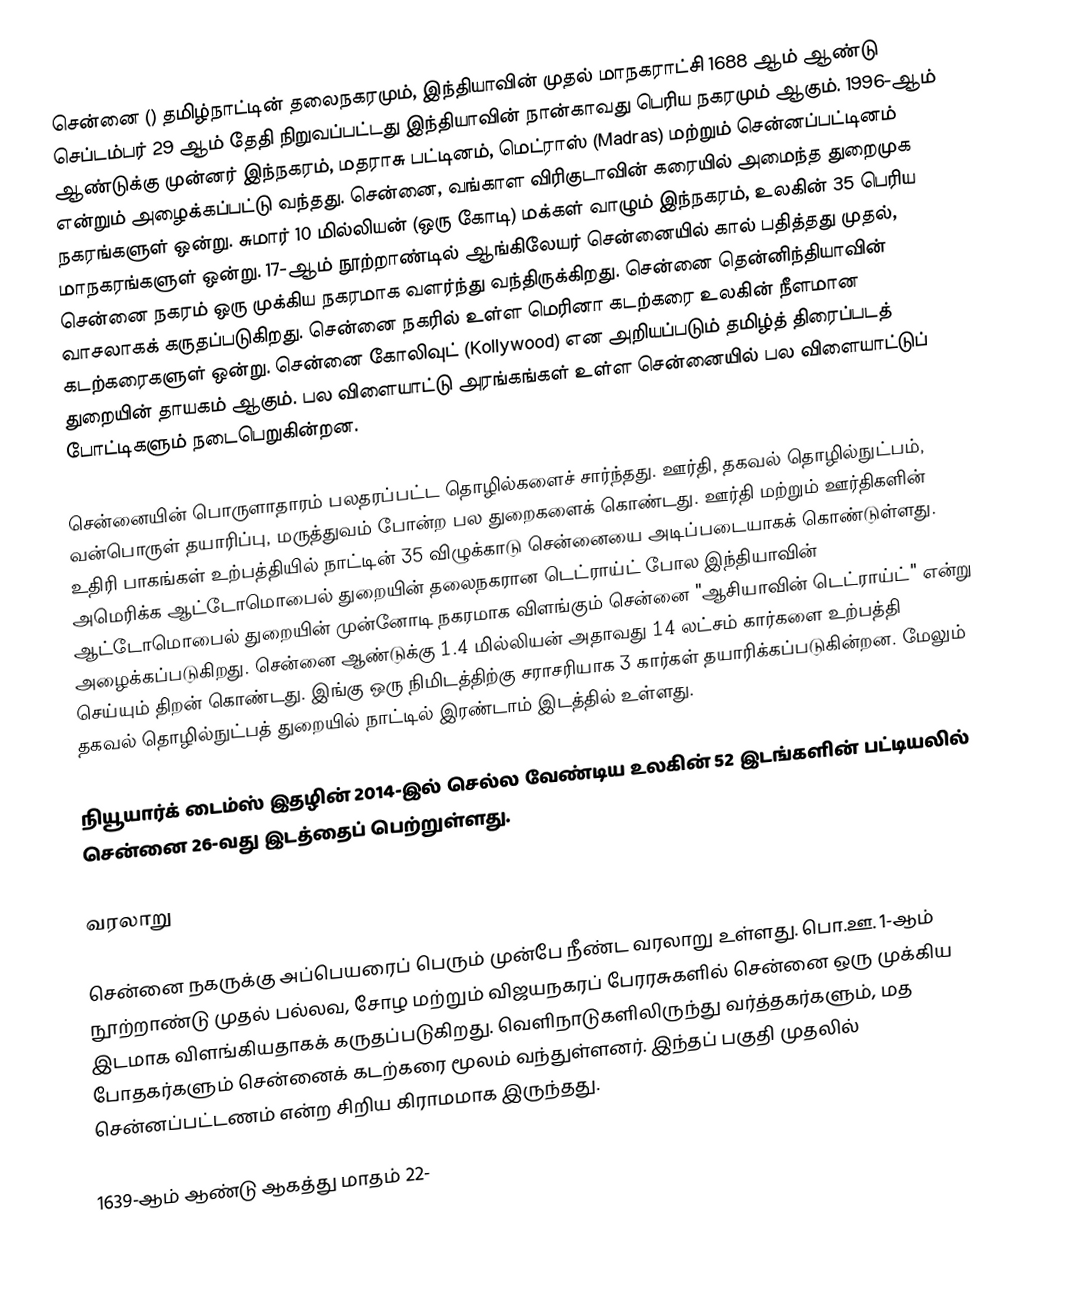
சென்னை () தமிழ்நாட்டின் தலைநகரமும், இந்தியாவின் முதல் மாநகராட்சி 1688 ஆம் ஆண்டு செப்டம்பர் 29 ஆம் தேதி நிறுவப்பட்டது இந்தியாவின் நான்காவது பெரிய நகரமும் ஆகும். 1996-ஆம் ஆண்டுக்கு முன்னர் இந்நகரம், மதராசு பட்டினம், மெட்ராஸ் (Madras) மற்றும் சென்னப்பட்டினம் என்றும் அழைக்கப்பட்டு வந்தது. சென்னை, வங்காள விரிகுடாவின் கரையில் அமைந்த துறைமுக நகரங்களுள் ஒன்று. சுமார் 10 மில்லியன் (ஒரு கோடி) மக்கள் வாழும் இந்நகரம், உலகின் 35 பெரிய மாநகரங்களுள் ஒன்று. 17-ஆம் நூற்றாண்டில் ஆங்கிலேயர் சென்னையில் கால் பதித்தது முதல், சென்னை நகரம் ஒரு முக்கிய நகரமாக வளர்ந்து வந்திருக்கிறது. சென்னை தென்னிந்தியாவின் வாசலாகக் கருதப்படுகிறது. சென்னை நகரில் உள்ள மெரினா கடற்கரை உலகின் நீளமான கடற்கரைகளுள் ஒன்று. சென்னை கோலிவுட் (Kollywood) என அறியப்படும் தமிழ்த் திரைப்படத் துறையின் தாயகம் ஆகும். பல விளையாட்டு அரங்கங்கள் உள்ள சென்னையில் பல விளையாட்டுப் போட்டிகளும் நடைபெறுகின்றன.

சென்னையின் பொருளாதாரம் பலதரப்பட்ட தொழில்களைச் சார்ந்தது. ஊர்தி, தகவல் தொழில்நுட்பம், வன்பொருள் தயாரிப்பு, மருத்துவம் போன்ற பல துறைகளைக் கொண்டது. ஊர்தி மற்றும் ஊர்திகளின் உதிரி பாகங்கள் உற்பத்தியில் நாட்டின் 35 விழுக்காடு சென்னையை அடிப்படையாகக் கொண்டுள்ளது. அமெரிக்க ஆட்டோமொபைல் துறையின் தலைநகரான டெட்ராய்ட் போல இந்தியாவின் ஆட்டோமொபைல் துறையின் முன்னோடி நகரமாக விளங்கும் சென்னை "ஆசியாவின் டெட்ராய்ட்" என்று அழைக்கப்படுகிறது. சென்னை ஆண்டுக்கு 1.4 மில்லியன் அதாவது 14 லட்சம் கார்களை உற்பத்தி செய்யும் திறன் கொண்டது. இங்கு ஒரு நிமிடத்திற்கு சராசரியாக 3 கார்கள் தயாரிக்கப்படுகின்றன. மேலும் தகவல் தொழில்நுட்பத் துறையில் நாட்டில் இரண்டாம் இடத்தில் உள்ளது.

நியூயார்க் டைம்ஸ் இதழின் 2014-இல் செல்ல வேண்டிய உலகின் 52 இடங்களின் பட்டியலில் சென்னை 26-வது இடத்தைப் பெற்றுள்ளது.

வரலாறு

சென்னை நகருக்கு அப்பெயரைப் பெரும் முன்பே நீண்ட வரலாறு உள்ளது. பொ.ஊ. 1-ஆம் நூற்றாண்டு முதல் பல்லவ, சோழ மற்றும் விஜயநகரப் பேரரசுகளில் சென்னை ஒரு முக்கிய இடமாக விளங்கியதாகக் கருதப்படுகிறது. வெளிநாடுகளிலிருந்து வர்த்தகர்களும், மத போதகர்களும் சென்னைக் கடற்கரை மூலம் வந்துள்ளனர். இந்தப் பகுதி முதலில் சென்னப்பட்டணம் என்ற சிறிய கிராமமாக இருந்தது.

1639-ஆம் ஆண்டு ஆகத்து மாதம் 22-